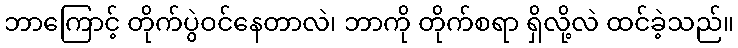
ဘာကြောင့် တိုက်ပွဲဝင်နေတာလဲ၊ ဘာကို တိုက်စရာ ရှိလို့လဲ ထင်ခဲ့သည်။